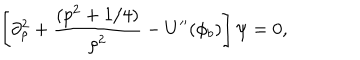
LaTeX: \left[ \partial _ { \rho } ^ { 2 } + \frac { ( p ^ { 2 } + 1 / 4 ) } { \rho ^ { 2 } } - U ^ { \prime \prime } ( \phi _ { b } ) \right] \psi = 0 ,